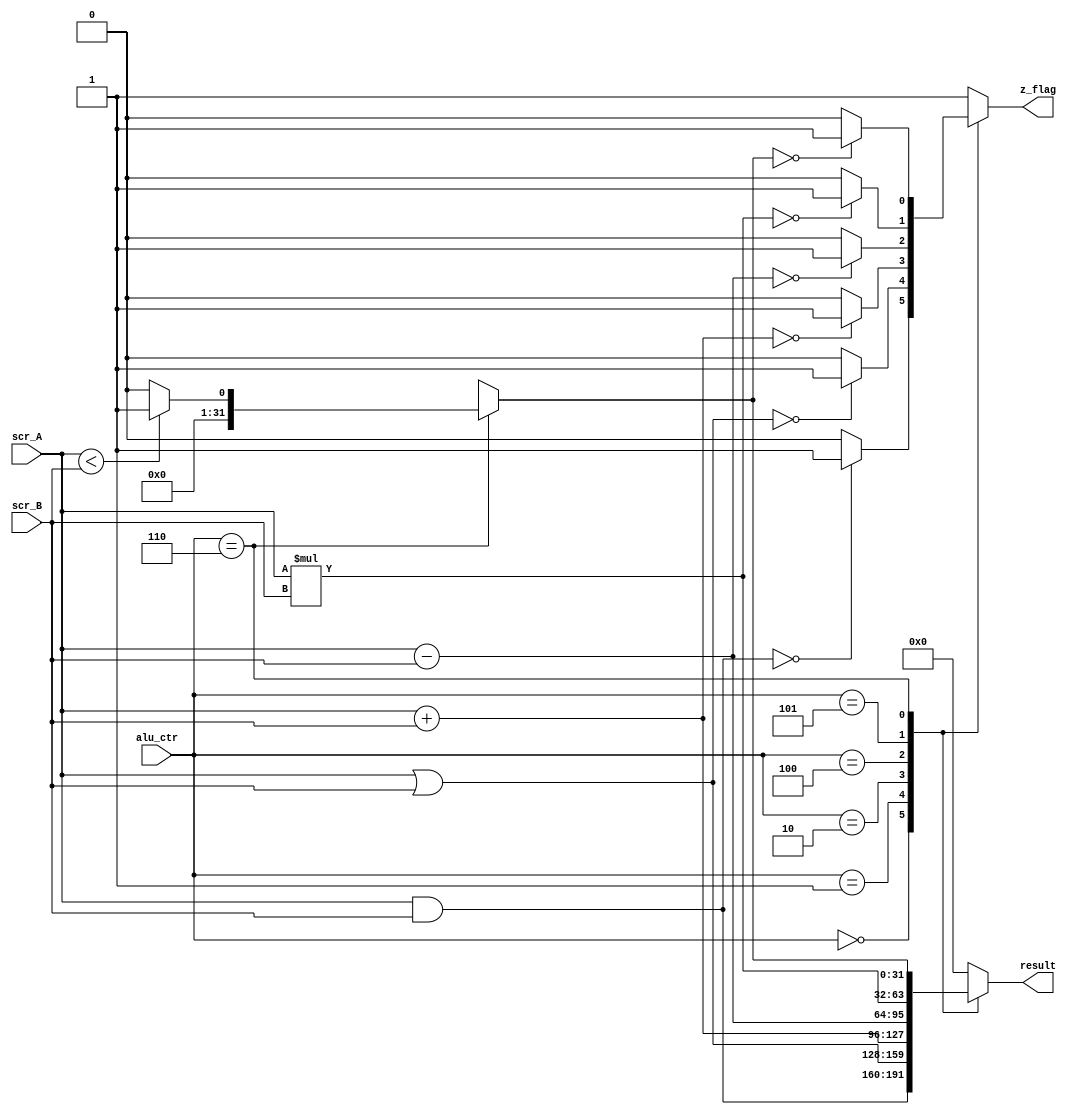
module Alu(input [31:0] scr_A, scr_B,
           input [2:0] alu_ctr,
			  output reg [31:0] result,
			  output reg z_flag );

always @(*)
begin
result='b0;
z_flag ='b1;
case(alu_ctr)
     //bitwise and
	  3'b000: begin
	  result = scr_A & scr_B;
	  if(result == 0) begin
	     z_flag = 1;
	  end else begin
	     z_flag = 0;
	  end
	  end
	  
	  //bitwise or
	  3'b001: begin
	  result = scr_A | scr_B;
	  if(result == 0) begin
	     z_flag = 1;
	  end else begin
	     z_flag = 0;
	  end
	  end
	  
	  //addition
	  3'b010: begin
	  result = scr_A + scr_B;
	  if(result == 0) begin
	     z_flag = 1;
	  end else begin
	     z_flag = 0;
	  end
	  end
	  
	  //subtraction
	  3'b100: begin
	  result = scr_A - scr_B;
	  if(result == 0) begin
	     z_flag = 1;
	  end else begin
	     z_flag = 0;
	  end
	  end
	  
	  //multiplication
	  3'b101: begin
	  result = scr_A * scr_B;
	  if(result == 0) begin
	     z_flag = 1;
	  end else begin
	     z_flag = 0;
	  end
	  end
	  
	  //set less than (if srca < srcb then aluresult = 1 )
	  3'b110: begin
	  if(scr_A < scr_B) begin
	     result = 1;
	  end else begin
	     result = 0;
	  end
	  if(result == 0) begin
	     z_flag = 1;
	  end else begin
	     z_flag = 0;
	  end
	  end
	  
	  default : begin
	  result = 0;
	  z_flag = 1'b1;
	  end
 
	  
endcase	  
end
endmodule